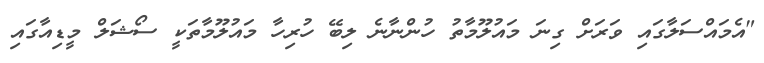
"އެމައްސަލާގައި ވަރަށް ގިނަ މައުލޫމާތު ހުންނާނެ ލިބޭ ހުރިހާ މައުލޫމާތަކީ ސޯޝަލް މީޑިއާގައި